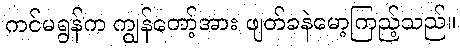
ကင်မရွန်က ကျွန်တော့်အား ဖျတ်ခနဲမော့ကြည့်သည်။